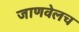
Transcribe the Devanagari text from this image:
जाणवेलच